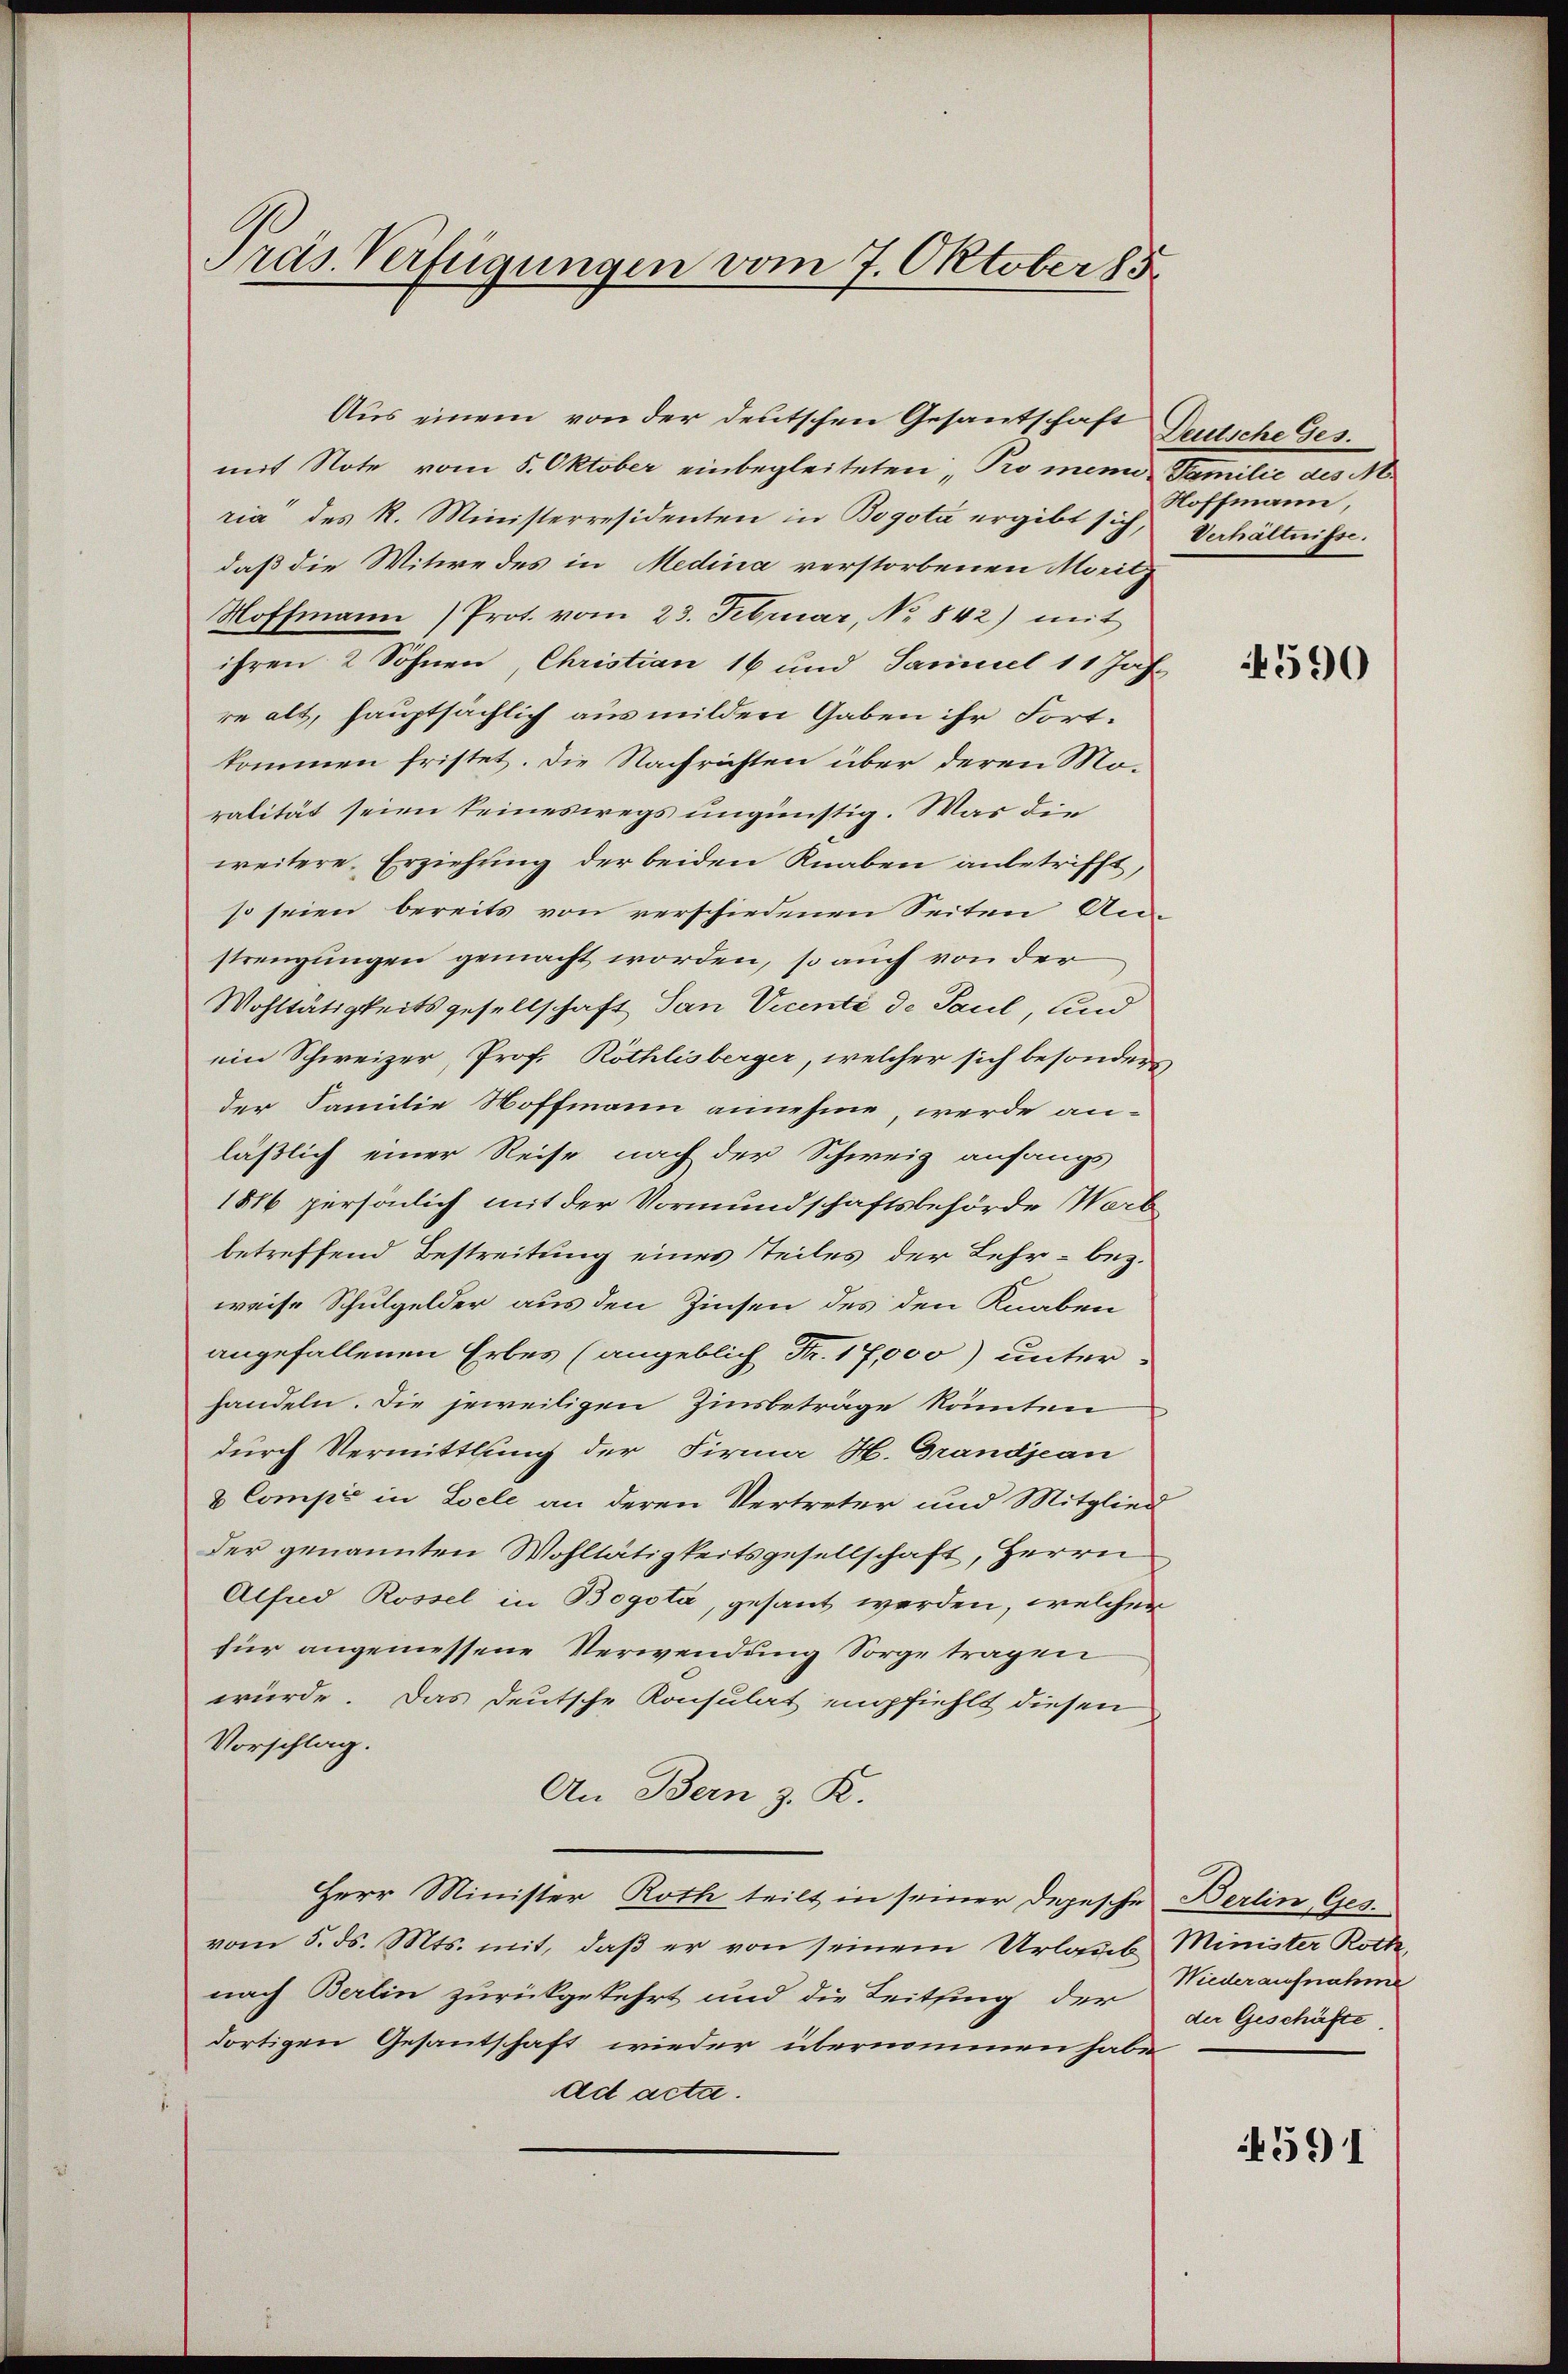
Präs. Verfügungen vom 7. Oktober 15.

mit Note vom 5. Oktober einbegleiteten Pro meine Familie des M
ria“ des R. Ministerresidenten in Bogota ergibt sich, Verhältnisse.
daß die Witwe des in Medina verstorbenen Morit
Hoffmann Prot. vom 23. Februar, No 842) mit
ihren 2 Söhnen, Christian 16 und Samuel 11 Jah-
re alt, hauptsächlich aus milden Gaben ihr Fortkommen fristet. Die Nachrichten über deren Mo-
ralität seien seineswegs ungünstig. Was die
weitere Erziehung der beiden Knaben anbetrifft,
so seien bereits von verschiedenen Seiten An
strengungen gemacht worden, so auch von der
Wohltätigkeitsgesellschaft San Vicenté de Paul, und
ein Schweizer, Prof. Röthlisberger, welcher sich besonders
der Familie Hoffmann annehme werde an-
läßlich einer Reise nach der Schweiz anfangs
1816 persönlich mit der Vormundschaftsbehörde Werb
betreffend Bestreitung eines steiles der Lehr- bez.
weise Schulgelder aus den Zinsen des den Knaben
angefallenen Erbes (angeblich Fr. 17,000) unter
handeln. Die jeweiligen Zinsbeträge könnten
durch Vermittlung der Firma H. Grandjean
& Comp in Loele an deren Vertreter und Mitglied
der genannten Wohltätigkeitsgesellschaft, Herrn
Alfad Rossel in Bogota, gesant werden, welcher
für angemessene Verwendung Sorge tragen
würde. Das deutsche Konsulat empfiehlt diesen
Vorschlag.
An Bern z. K.
Herr Minister Roth teilt in seiner Depesche Berlin Ges.
vom 5. ds. Mts. mit, daß er von seinem Urlaub Minister Roth
nach Berlin zurückgekehrt und die Leitsing der Wiederaufnahme
dortigen Gesantschaft wieder übernommen habe
ad acta.

Aus einem von der deutschen Gesandschaft Tuttliche Ges.

Soffmann,

4590

der Geschäfte

4591